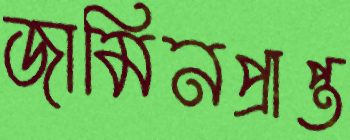
জামিনপ্রাপ্ত